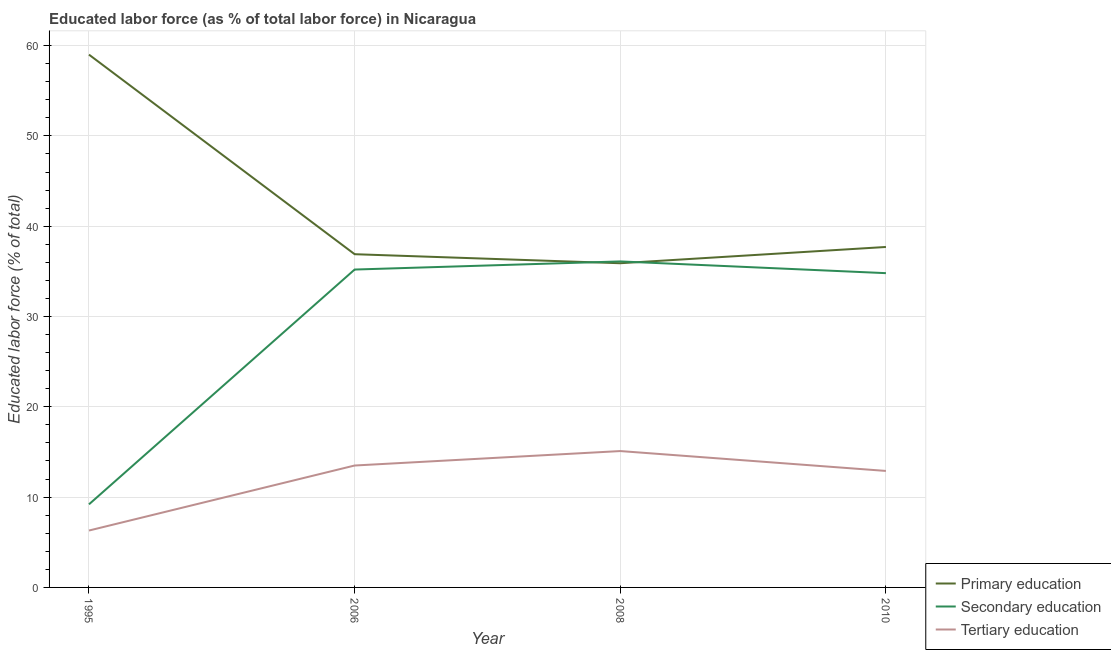
| Year | Primary education | Secondary education | Tertiary education |
 | --- | --- | --- | --- |
 | 1995 | 59 | 9.2 | 6.3 |
 | 2006 | 36.9 | 35.2 | 13.5 |
 | 2008 | 35.9 | 36.1 | 15.1 |
 | 2010 | 37.7 | 34.8 | 12.9 |